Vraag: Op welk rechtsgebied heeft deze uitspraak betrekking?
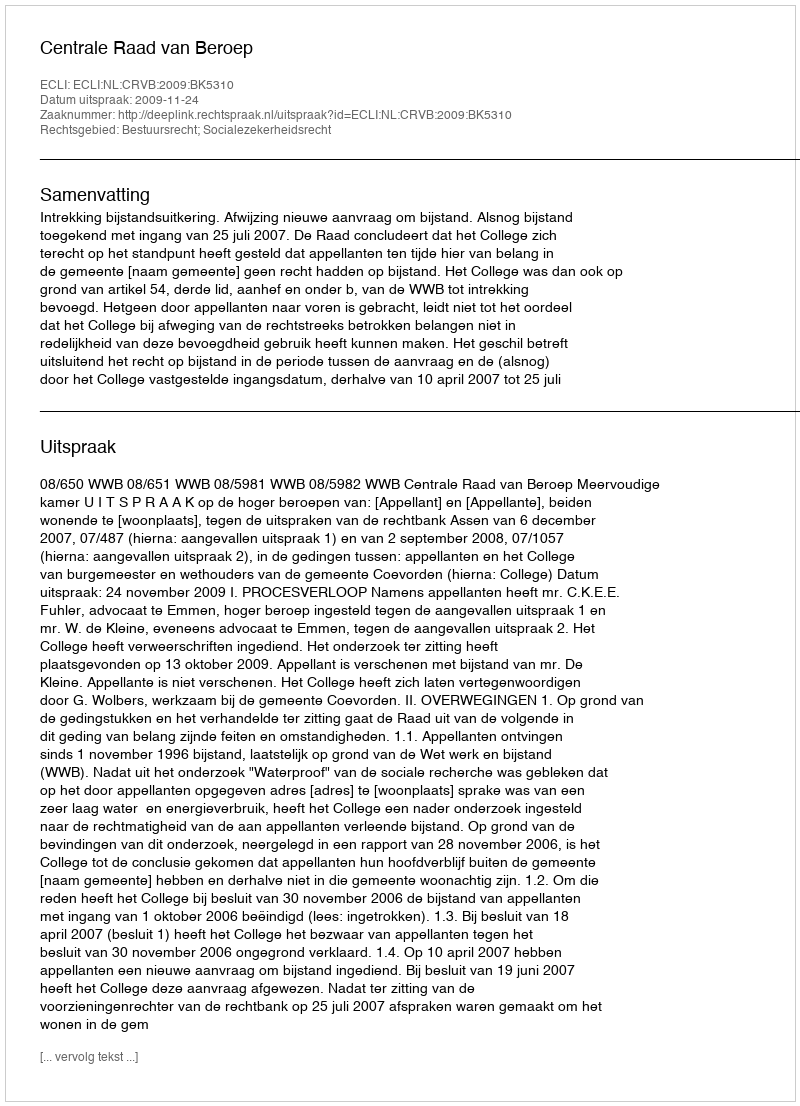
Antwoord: Bestuursrecht; Socialezekerheidsrecht